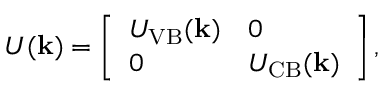
U ( \mathbf { k } ) = \left[ \begin{array} { l l } { U _ { \mathrm { V B } } ( \mathbf { k } ) } & { 0 } \\ { 0 } & { U _ { \mathrm { C B } } ( \mathbf { k } ) } \end{array} \right] ,